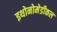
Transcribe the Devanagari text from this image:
इथोनोमेडीकल